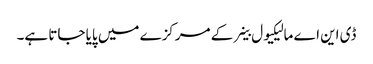
ڈی این اے مالیکیول خلیے کے مرکزے میں پایا جاتا ہے۔